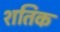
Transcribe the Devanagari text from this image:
शतिक